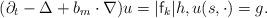
LaTeX: \begin{align*}(\partial_t - \Delta + b_m \cdot \nabla)u=|\mathsf{f}_k|h, u(s,\cdot)=g.\end{align*}